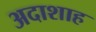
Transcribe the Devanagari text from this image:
अदाशाह